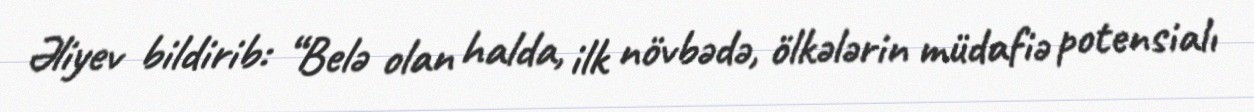
Əliyev bildirib: “Belə olan halda, ilk növbədə, ölkələrin müdafiə potensialı